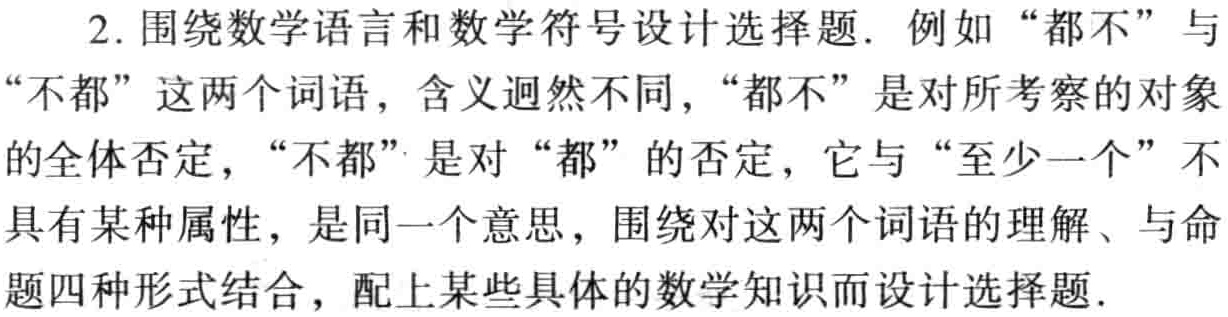
2. 围绕数学语言和数学符号设计选择题. 例如 “都不” 与 “不都” 这两个词语，含义迥然不同，“都不” 是对所考察的对象的全体否定，“不都” 是对 “都” 的否定，它与 “至少一个” 不具有某种属性，是同一个意思，围绕对这两个词语的理解、与命题四种形式结合，配上某些具体的数学知识而设计选择题.